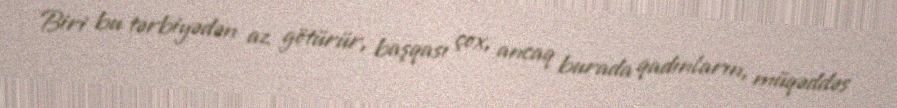
Biri bu tərbiyədən az götürür, başqası çox, ancaq burada qadınların, müqəddəs